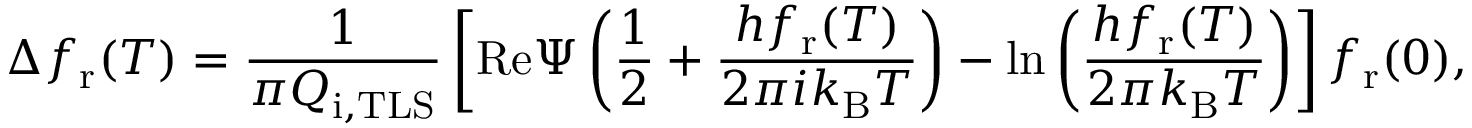
\Delta f _ { \mathrm { r } } ( T ) = \frac { 1 } { \pi Q _ { \mathrm { i , T L S } } } \left[ \mathrm { R e } \Psi \left( \frac { 1 } { 2 } + \frac { h f _ { \mathrm { r } } ( T ) } { 2 \pi i k _ { \mathrm { B } } T } \right) - \ln \left( \frac { h f _ { \mathrm { r } } ( T ) } { 2 \pi k _ { \mathrm { B } } T } \right) \right] f _ { \mathrm { r } } ( 0 ) ,